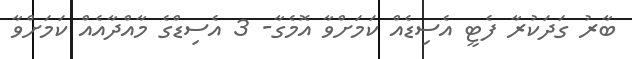
ބާރު ގަދަކުރާ ފެޓީ އެސިޑެއް ކަމަށްވާ އޮމެގާ- 3 އެސިޑްގެ މާއްދާއެއް ކަމަށްވާ